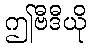
ဤဗီဒီယို